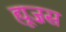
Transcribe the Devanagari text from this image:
ह्यूज़स